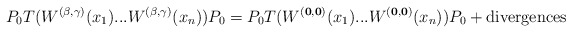
\begin{align*}P_{0}T(W^{(\mathbf{\beta},\mathbf{\gamma})}(x_{1})...W^{(\mathbf{\beta}, \mathbf{\gamma})}(x_{n}))P_{0}=P_{0}T(W^{(\mathbf{0},\mathbf{0})}(x_{1})...W^{(\mathbf{0},\mathbf{0})}(x_{n}))P_{0}+\mathrm{divergences}\end{align*}